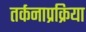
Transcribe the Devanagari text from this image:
तर्कनाप्रक्रिया